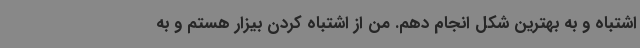
اشتباه و به بهترین شکل انجام دهم. من از اشتباه کردن بیزار هستم و به